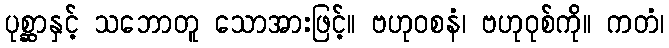
ပုစ္ဆာနှင့် သဘောတူ သောအားဖြင့်။ ဗဟုဝစနံ၊ ဗဟုဝုစ်ကို။ ကတံ၊